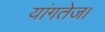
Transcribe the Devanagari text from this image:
यांगतेज।